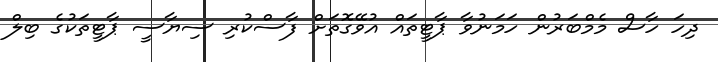
ދިހަ ހާސް މެމްބަރުން ހަމަނުވާ ޕާޓީތައް އުވޭގޮތަށް ފާސްކުރި ސިޔާސީ ޕާޓީތަކުގެ ބިލް